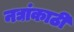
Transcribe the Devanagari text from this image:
नद्यांकाठी